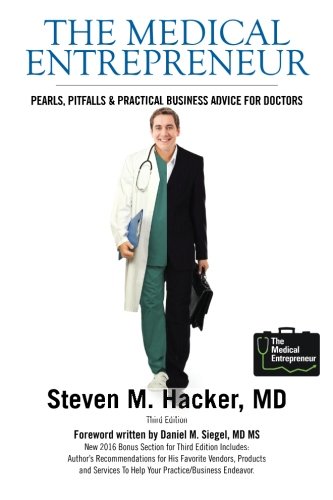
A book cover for The Medical Entrepreneur: Pearls, Pitfalls and Practical Business Advice for Doctors (Third Edition); MD, Steven M. Hacker; Medical Books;